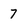
Character: 7